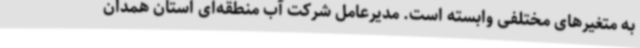
به متغیرهای مختلفی وابسته است. مدیرعامل شرکت آب منطقه‌ای استان همدان